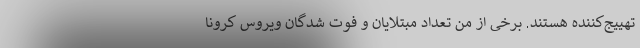
تهییج‌کننده هستند. برخی از من تعداد مبتلایان و فوت شدگان ویروس کرونا